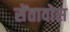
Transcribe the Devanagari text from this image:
सेंतावोस